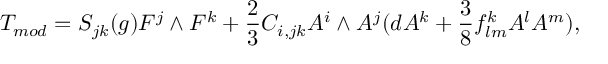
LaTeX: { \cal T } _ { m o d } = S _ { j k } ( g ) { F } ^ { j } \wedge { F } ^ { k } + \frac { 2 } { 3 } C _ { i , j k } A ^ { i } \wedge A ^ { j } ( d A ^ { k } + \frac { 3 } { 8 } f _ { l m } ^ { k } A ^ { l } A ^ { m } ) ,